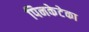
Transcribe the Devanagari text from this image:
पिनकेटेका